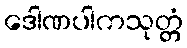
ဒေါဏပါကသုတ္တံ